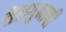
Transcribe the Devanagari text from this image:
तेलगुभाषी